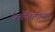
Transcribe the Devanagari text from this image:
तिरुपचिलचिरमम्